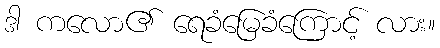
ဒါ ကလော၏ ရေခံမြေခံကြောင့် လား။